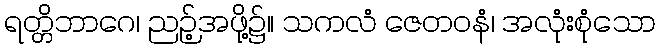
ရတ္တိဘာဂေ၊ ညဉ့်အဖို့၌။ သကလံ ဇေတဝနံ၊ အလုံးစုံသော